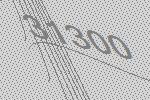
31300